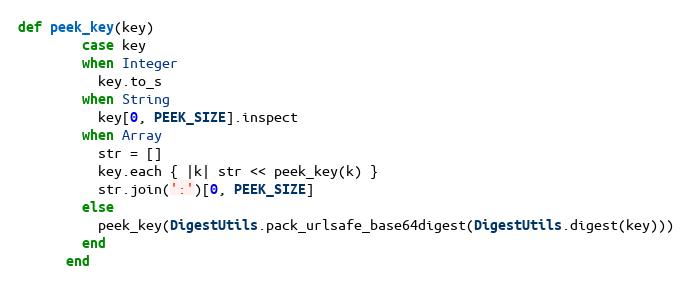
Language: Ruby
def peek_key(key)
        case key
        when Integer
          key.to_s
        when String
          key[0, PEEK_SIZE].inspect
        when Array
          str = []
          key.each { |k| str << peek_key(k) }
          str.join(':')[0, PEEK_SIZE]
        else
          peek_key(DigestUtils.pack_urlsafe_base64digest(DigestUtils.digest(key)))
        end
      end